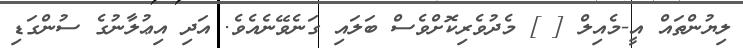
ލިޔުންތައް އީ-މެއިލް [ ] މެދުވެރިކޮށްވެސް ބަލައި ގަނެވޭނެއެވެ. އަދި އިޢުލާނުގެ ސުންގަޑި